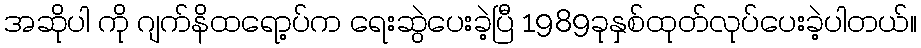
အဆိုပါ ကို ဂျက်နိထရော့ပ်က ရေးဆွဲပေးခဲ့ပြီ 1989ခုနှစ်ထုတ်လုပ်ပေးခဲ့ပါတယ်။